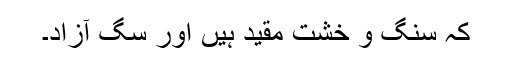
کہ سنگ و خشت مقید ہیں اور سگ آزاد۔